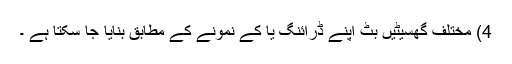
4) مختلف گھسیٹیں بٹ اپنے ڈرائنگ یا کے نمونے کے مطابق بنایا جا سکتا ہے ۔